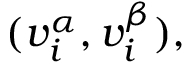
( v _ { i } ^ { \alpha } , v _ { i } ^ { \beta } ) ,